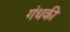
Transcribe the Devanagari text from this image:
गंधकी